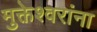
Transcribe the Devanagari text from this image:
मुक्तेश्वरांना